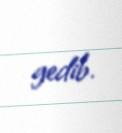
gedib.